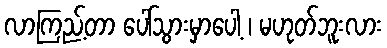
လာကြည့်တာ ပေါ်သွားမှာပေါ့ ၊ မဟုတ်ဘူးလား